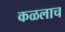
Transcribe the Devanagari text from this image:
कळलाच